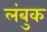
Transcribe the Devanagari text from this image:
लंबुक